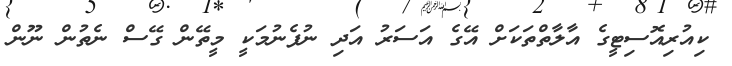
ކިއުރިއޮސިޓީގެ އާލާތްތަކަށް އޭގެ އަސަރު އަދި ނުފެނުމަކީ މީތޭން ގޭސް ނެތުން ނޫން